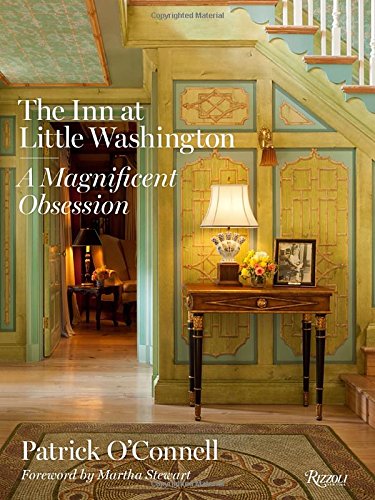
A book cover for The Inn at Little Washington: A Magnificent Obsession; Patrick O'Connell; Crafts, Hobbies & Home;